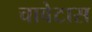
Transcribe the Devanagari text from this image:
चावेटास